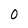
Character: 0